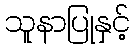
သူနာပြုနှင့်